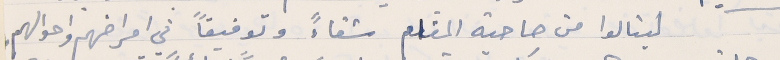
لينالوا من صاحبة المقام شفاءً وتوفيقاً في امراضهم واحوالهم.